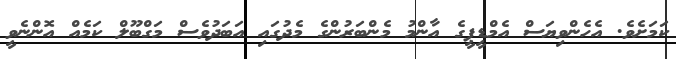
ކަމަށެވެ. އެހެންވިޔަސް އެމްޑީޕީގެ އާންމު މެންބަރުންގެ މެދުގައި އަބަދުވެސް މަގްބޫލް ކަމެއް އޮންނެވީ